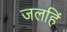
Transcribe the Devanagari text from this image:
जलहिं